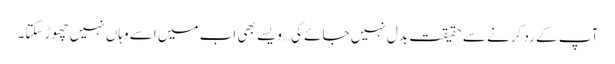
آپ کے رد کرنے سے حقیقت بدل نہیں جائے گی…ویسے بھی اب میں اسے وہاں نہیں چھوڑ سکتا۔